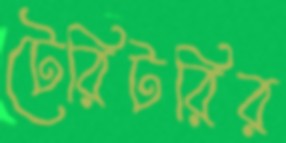
টেরিটরির